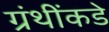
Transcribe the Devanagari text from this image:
ग्रंथींकडे